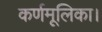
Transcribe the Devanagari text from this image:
कर्णमूलिका।